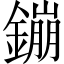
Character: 鏰